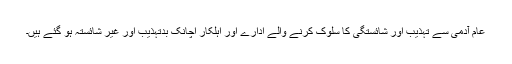
عام آدمی سے تہذیب اور شائستگی کا سلوک کرنے والے ادارے اور اہلکار اچانک بدتہذیب اور غیر شائستہ ہو گئے ہیں۔